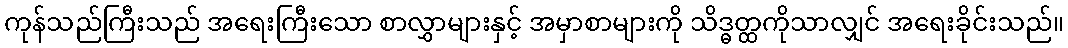
ကုန်သည်ကြီးသည် အရေးကြီးသော စာလွှာများနှင့် အမှာစာများကို သိဒ္ဓတ္ထကိုသာလျှင် အရေးခိုင်းသည်။